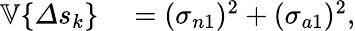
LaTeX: \begin{array}{rl}{\mathbb{V}\{ \varDelta s_{k}\} }&{{}=(\sigma_{n1})^{2}+(\sigma_{a1})^{2},}\end{array}